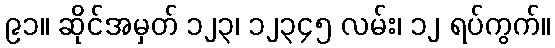
၉၁။ ဆိုင်အမှတ် ၁၂၃၊ ၁၂၃၄၅ လမ်း၊ ၁၂ ရပ်ကွက်။